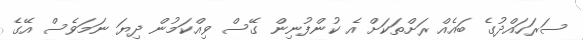
ސަރަހައްދުގެ ބައެއް ރަށްތަކަށް އެ ކުންފުނިން ގޭސް ވިއްކަމުން ދިޔަ ނަމަވެސް އޭގެ